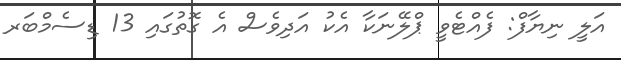
އަލީ ނިޔާފް: ފެއްޓެވީ ޕްލޭނަކާ އެކު އަދިވެސް އެ ގޮތުގައި 13 ޑިސެމްބަރ